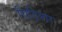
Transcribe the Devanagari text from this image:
चिड़िमार